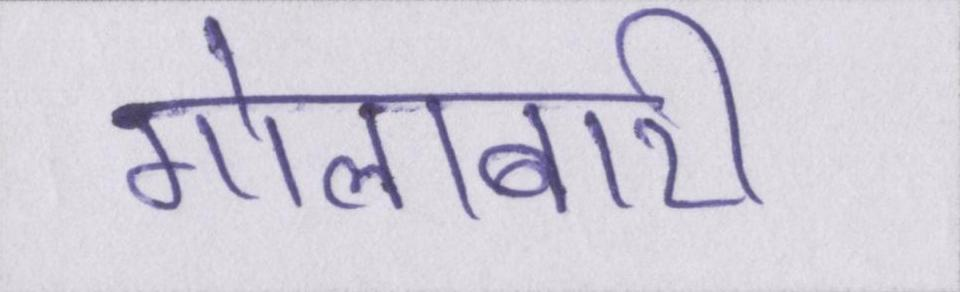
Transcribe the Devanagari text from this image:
गोलाबारी